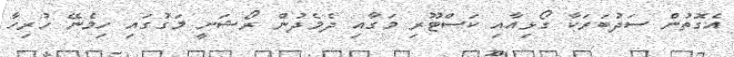
އެގޮތުން ސަދުބަރަކާ ގޯޅިއާއި ކަސްޓޫރި މަގާއި ދެމެދުން ރޯޝަނީ މަގުގައި ހިމެނޭ ހުރިހާ